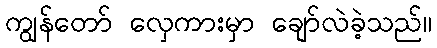
ကျွန်တော် လှေကားမှာ ချော်လဲခဲ့သည်။